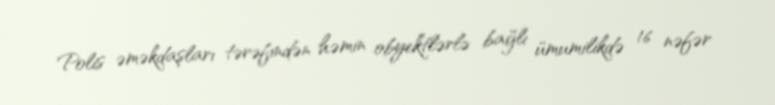
Polis əməkdaşları tərəfindən həmin obyektlərlə bağlı ümumilikdə 16 nəfər